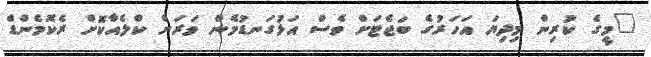
"މީގެ ކުރިން މިދިޔަ އަހަރުގެ ބަޖެޓަށް ވެސް އަޅުގަނޑުމެން ވަރަށް ކްލެއާކޮށް ރެކޮމެންޑް